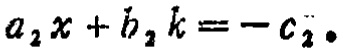
\(a_{2}x + b_{2}k = -c_{2}\)